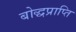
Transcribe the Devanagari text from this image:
बोद्धप्राप्ति